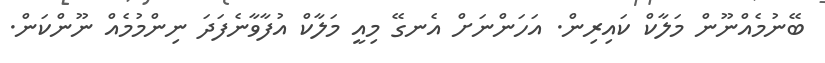
ބޭނުމެއްނޫން މަލާކް ކައިރިން. އަހަންނަށް އެނގޭ މިއީ މަލާކް އުފާވާނެފަދަ ނިންމުމެއް ނޫންކަން.